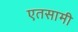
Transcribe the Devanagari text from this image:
एतसामी